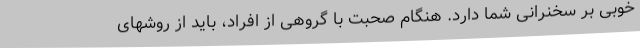
خوبی بر سخنرانی شما دارد. هنگام صحبت با گروهی از افراد، باید از روشهای